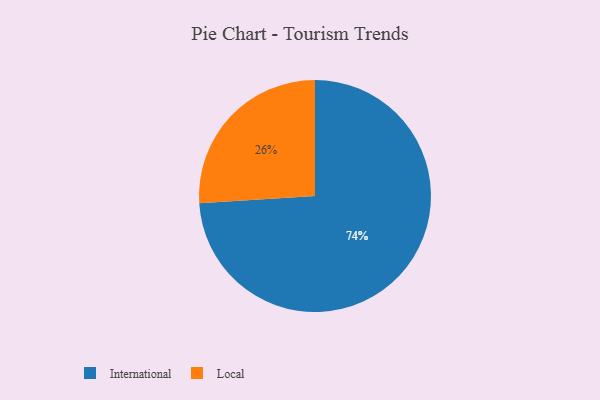
{"axis": {"x": "Category", "y": "Percentage"}, "legend": ["International", "Local"], "data": [{"x": "Local", "y": 26, "type": "Local"}, {"x": "International", "y": 74, "type": "International"}]}